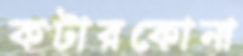
কটারকোনা